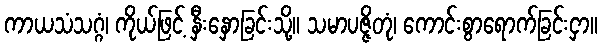
ကာယသံသဂ္ဂံ၊ ကိုယ်ဖြင့် နှီးနှောခြင်းသို့။ သမာပဇ္ဇိတုံ၊ ကောင်းစွာရောက်ခြင်းငှာ။